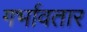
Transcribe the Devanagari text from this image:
गर्भावतार